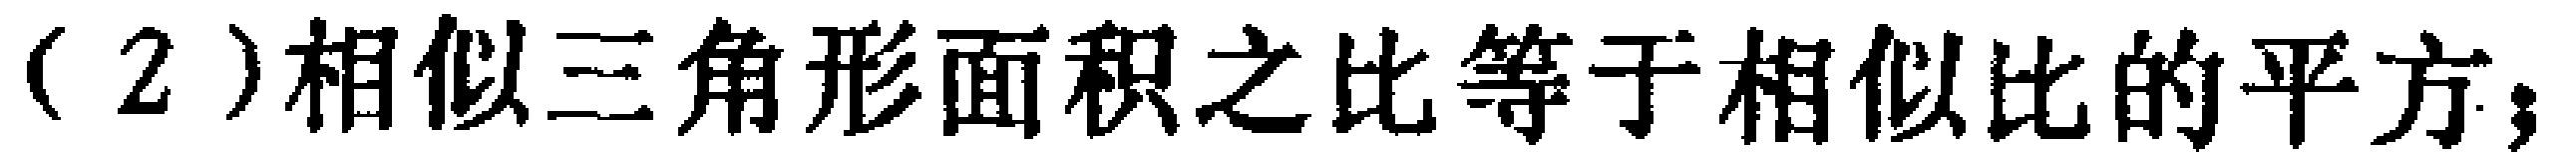
（2）相似三角形面积之比等于相似比的平方；